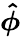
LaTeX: \boldsymbol{\hat{\phi}}